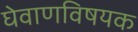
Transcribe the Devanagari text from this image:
घेवाणविषयक